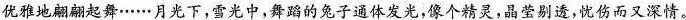
优雅地翩翩起舞……月光下，雪光中，舞蹈的兔子通体发光，像个精灵，晶莹剔透，忧伤而又深情。